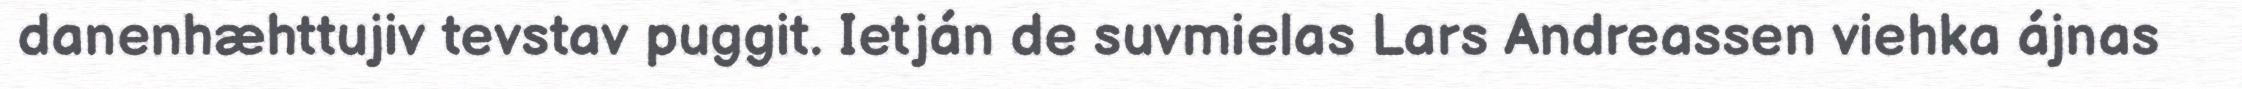
danenhæhttujiv tevstav puggit. Ietján de suvmielas Lars Andreassen viehka ájnas